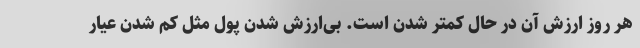
هر روز ارزش آن در حال کمتر شدن است. بی‌ارزش شدن پول مثل کم شدن عیار